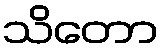
သိတော